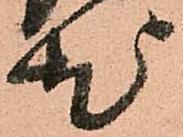
尤